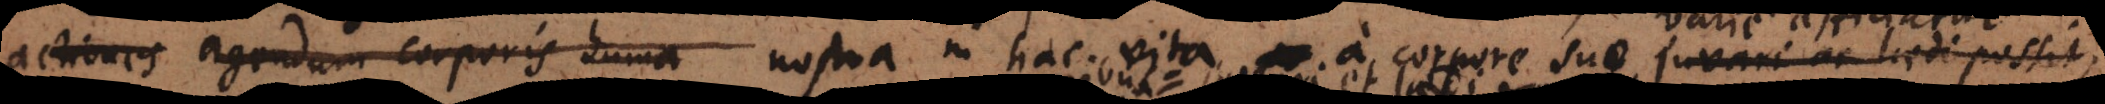
actiones agendum corporis huma nostra in hac vita a corpore suo juvari ac laedi possit,